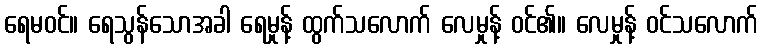
ရေမဝင်။ ရေသွန်သောအခါ ရေမှုန့် ထွက်သလောက် လေမှုန့် ဝင်၏။ လေမှုန့် ဝင်သလောက်